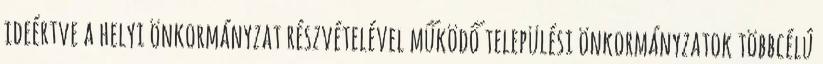
ideértve a helyi önkormányzat részvételével működő települési önkormányzatok többcélú